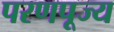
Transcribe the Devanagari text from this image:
परणपूज्य